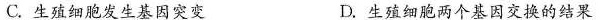
C.生殖细胞发生基因突变 D.生殖细胞两个基因交换的结果